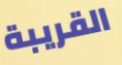
القريبة